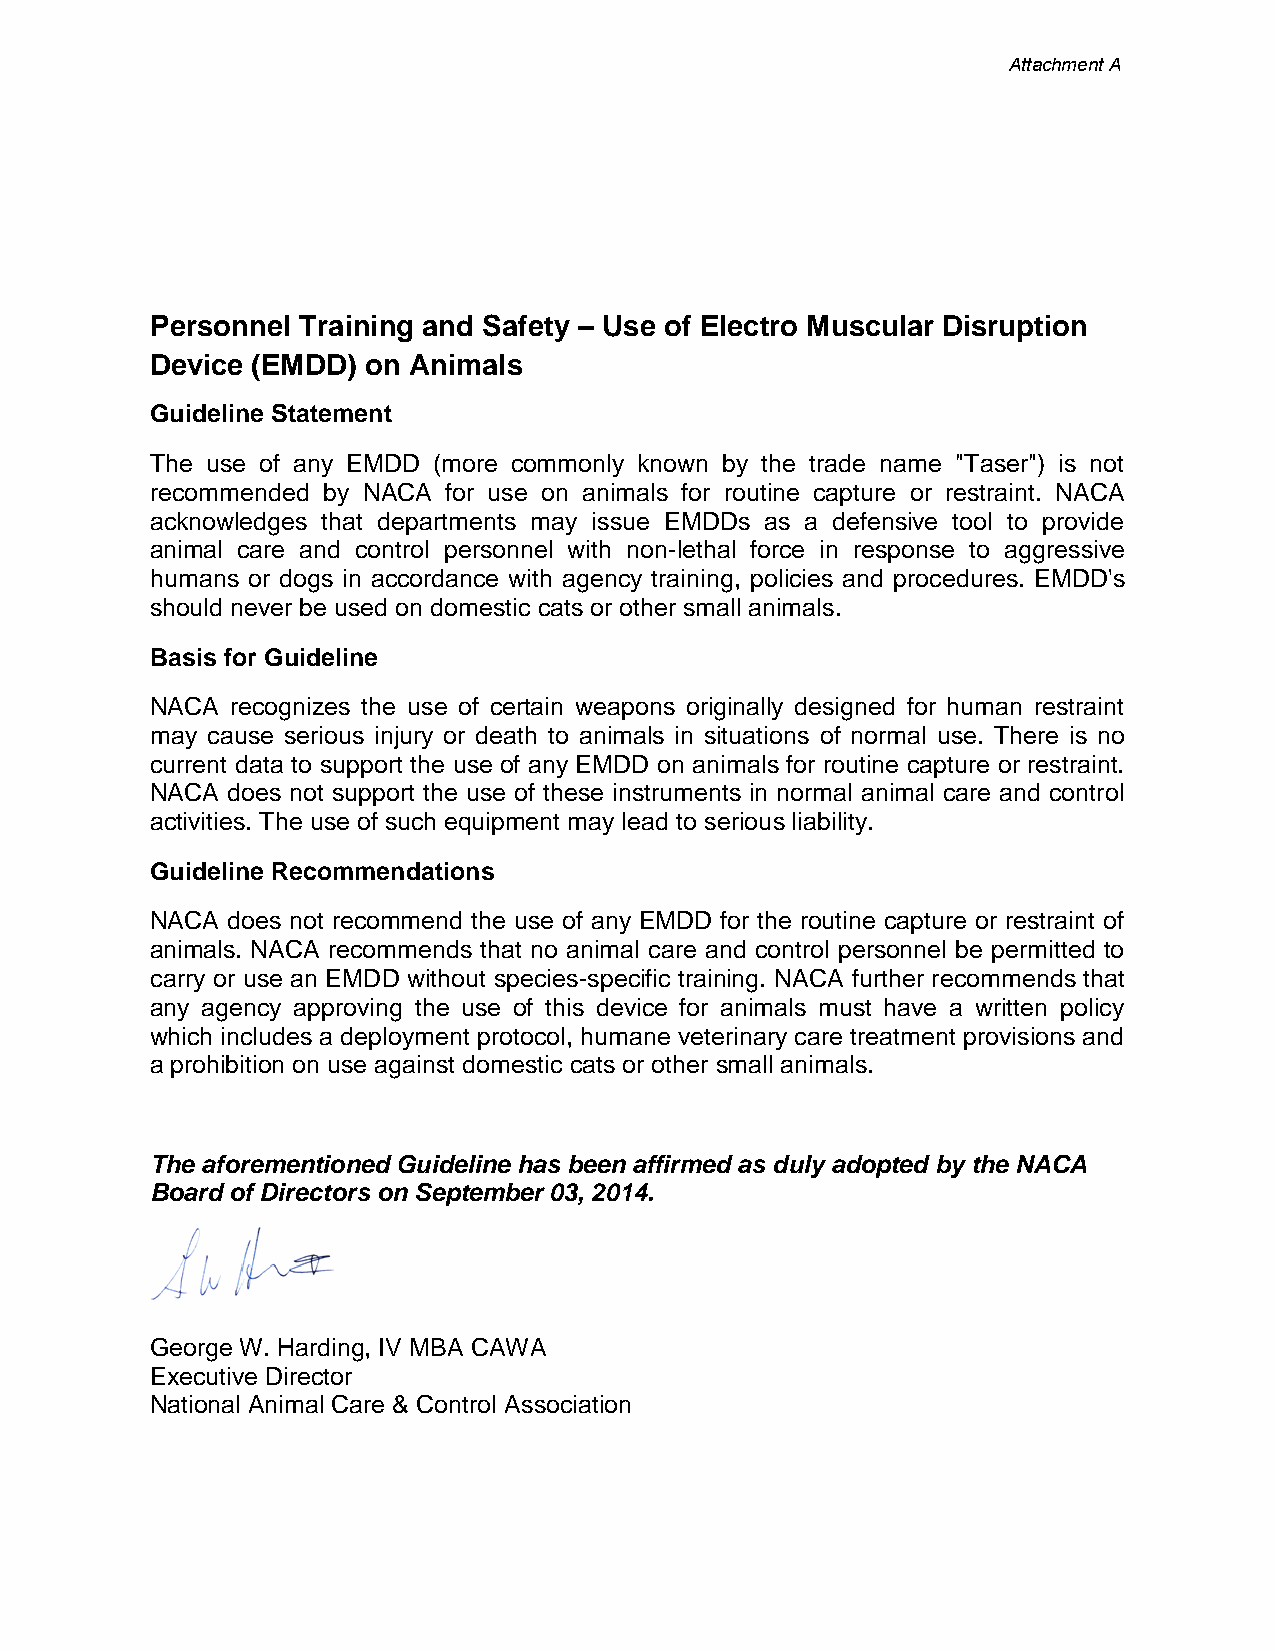
Attachment A
 Personnel Training and Safety – Use of Electro Muscular Disruption
 Device (EMDD) on Animals
 Guideline Statement
 The use of any EMDD (more commonly known by the trade name "Taser") is not
 recommended by NACA for use on animals for routine capture or restraint. NACA
 acknowledges that departments may issue EMDDs as a defensive tool to provide
 animal care and control personnel with non-lethal force in response to aggressive
 humans or dogs in accordance with agency training, policies and procedures. EMDD's
 should never be used on domestic cats or other small animals.
 Basis for Guideline
 NACA recognizes the use of certain weapons originally designed for human restraint
 may cause serious injury or death to animals in situations of normal use. There is no
 current data to support the use of any EMDD on animals for routine capture or restraint.
 NACA does not support the use of these instruments in normal animal care and control
 activities. The use of such equipment may lead to serious liability.
 Guideline Recommendations
 NACA does not recommend the use of any EMDD for the routine capture or restraint of
 animals. NACA recommends that no animal care and control personnel be permitted to
 carry or use an EMDD without species-specific training. NACA further recommends that
 any agency approving the use of this device for animals must have a written policy
 which includes a deployment protocol, humane veterinary care treatment provisions and
 a prohibition on use against domestic cats or other small animals.
 The aforementioned Guideline has been affirmed as duly adopted by the NACA
 Board of Directors on September 03, 2014.
 George W. Harding, IV MBA CAWA
 Executive Director
 National Animal Care & Control Association